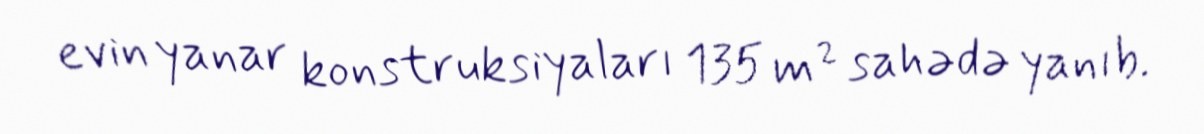
evin yanar konstruksiyaları 135 m² sahədə yanıb.